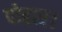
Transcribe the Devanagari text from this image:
पोद्दार।